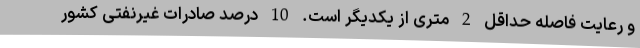
و رعایت فاصله حداقل 2 متری از یکدیگر است. 10 درصد صادرات غیرنفتی کشور